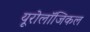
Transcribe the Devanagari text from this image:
यूरोलॉजिकल